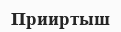
Прииртыш